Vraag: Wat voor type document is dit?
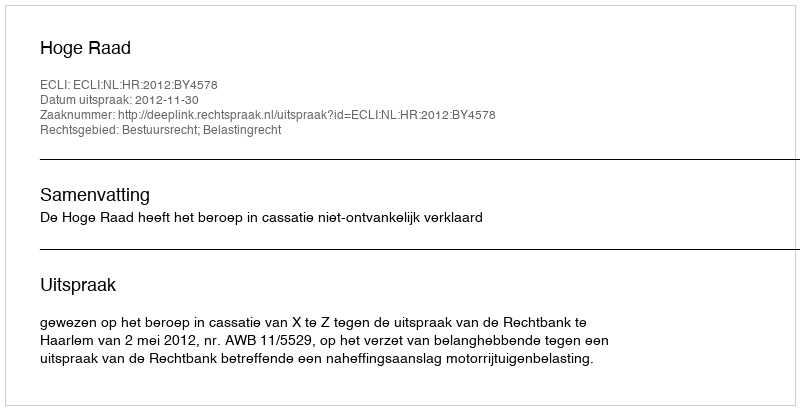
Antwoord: Uitspraak